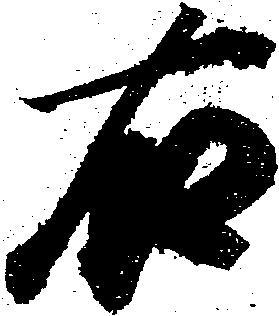
右